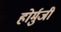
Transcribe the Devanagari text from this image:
होर्मुजी